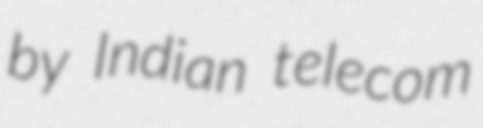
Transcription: by Indian telecom